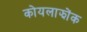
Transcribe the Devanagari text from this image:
कोयलाझोंक